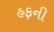
હફની